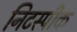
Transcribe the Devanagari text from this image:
निटस्पीक